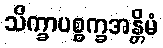
သိက္ခာပစ္စက္ခအန္တိမံ